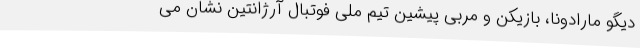
دیگو مارادونا، بازیکن و مربی پیشین تیم ملی فوتبال آرژانتین نشان می